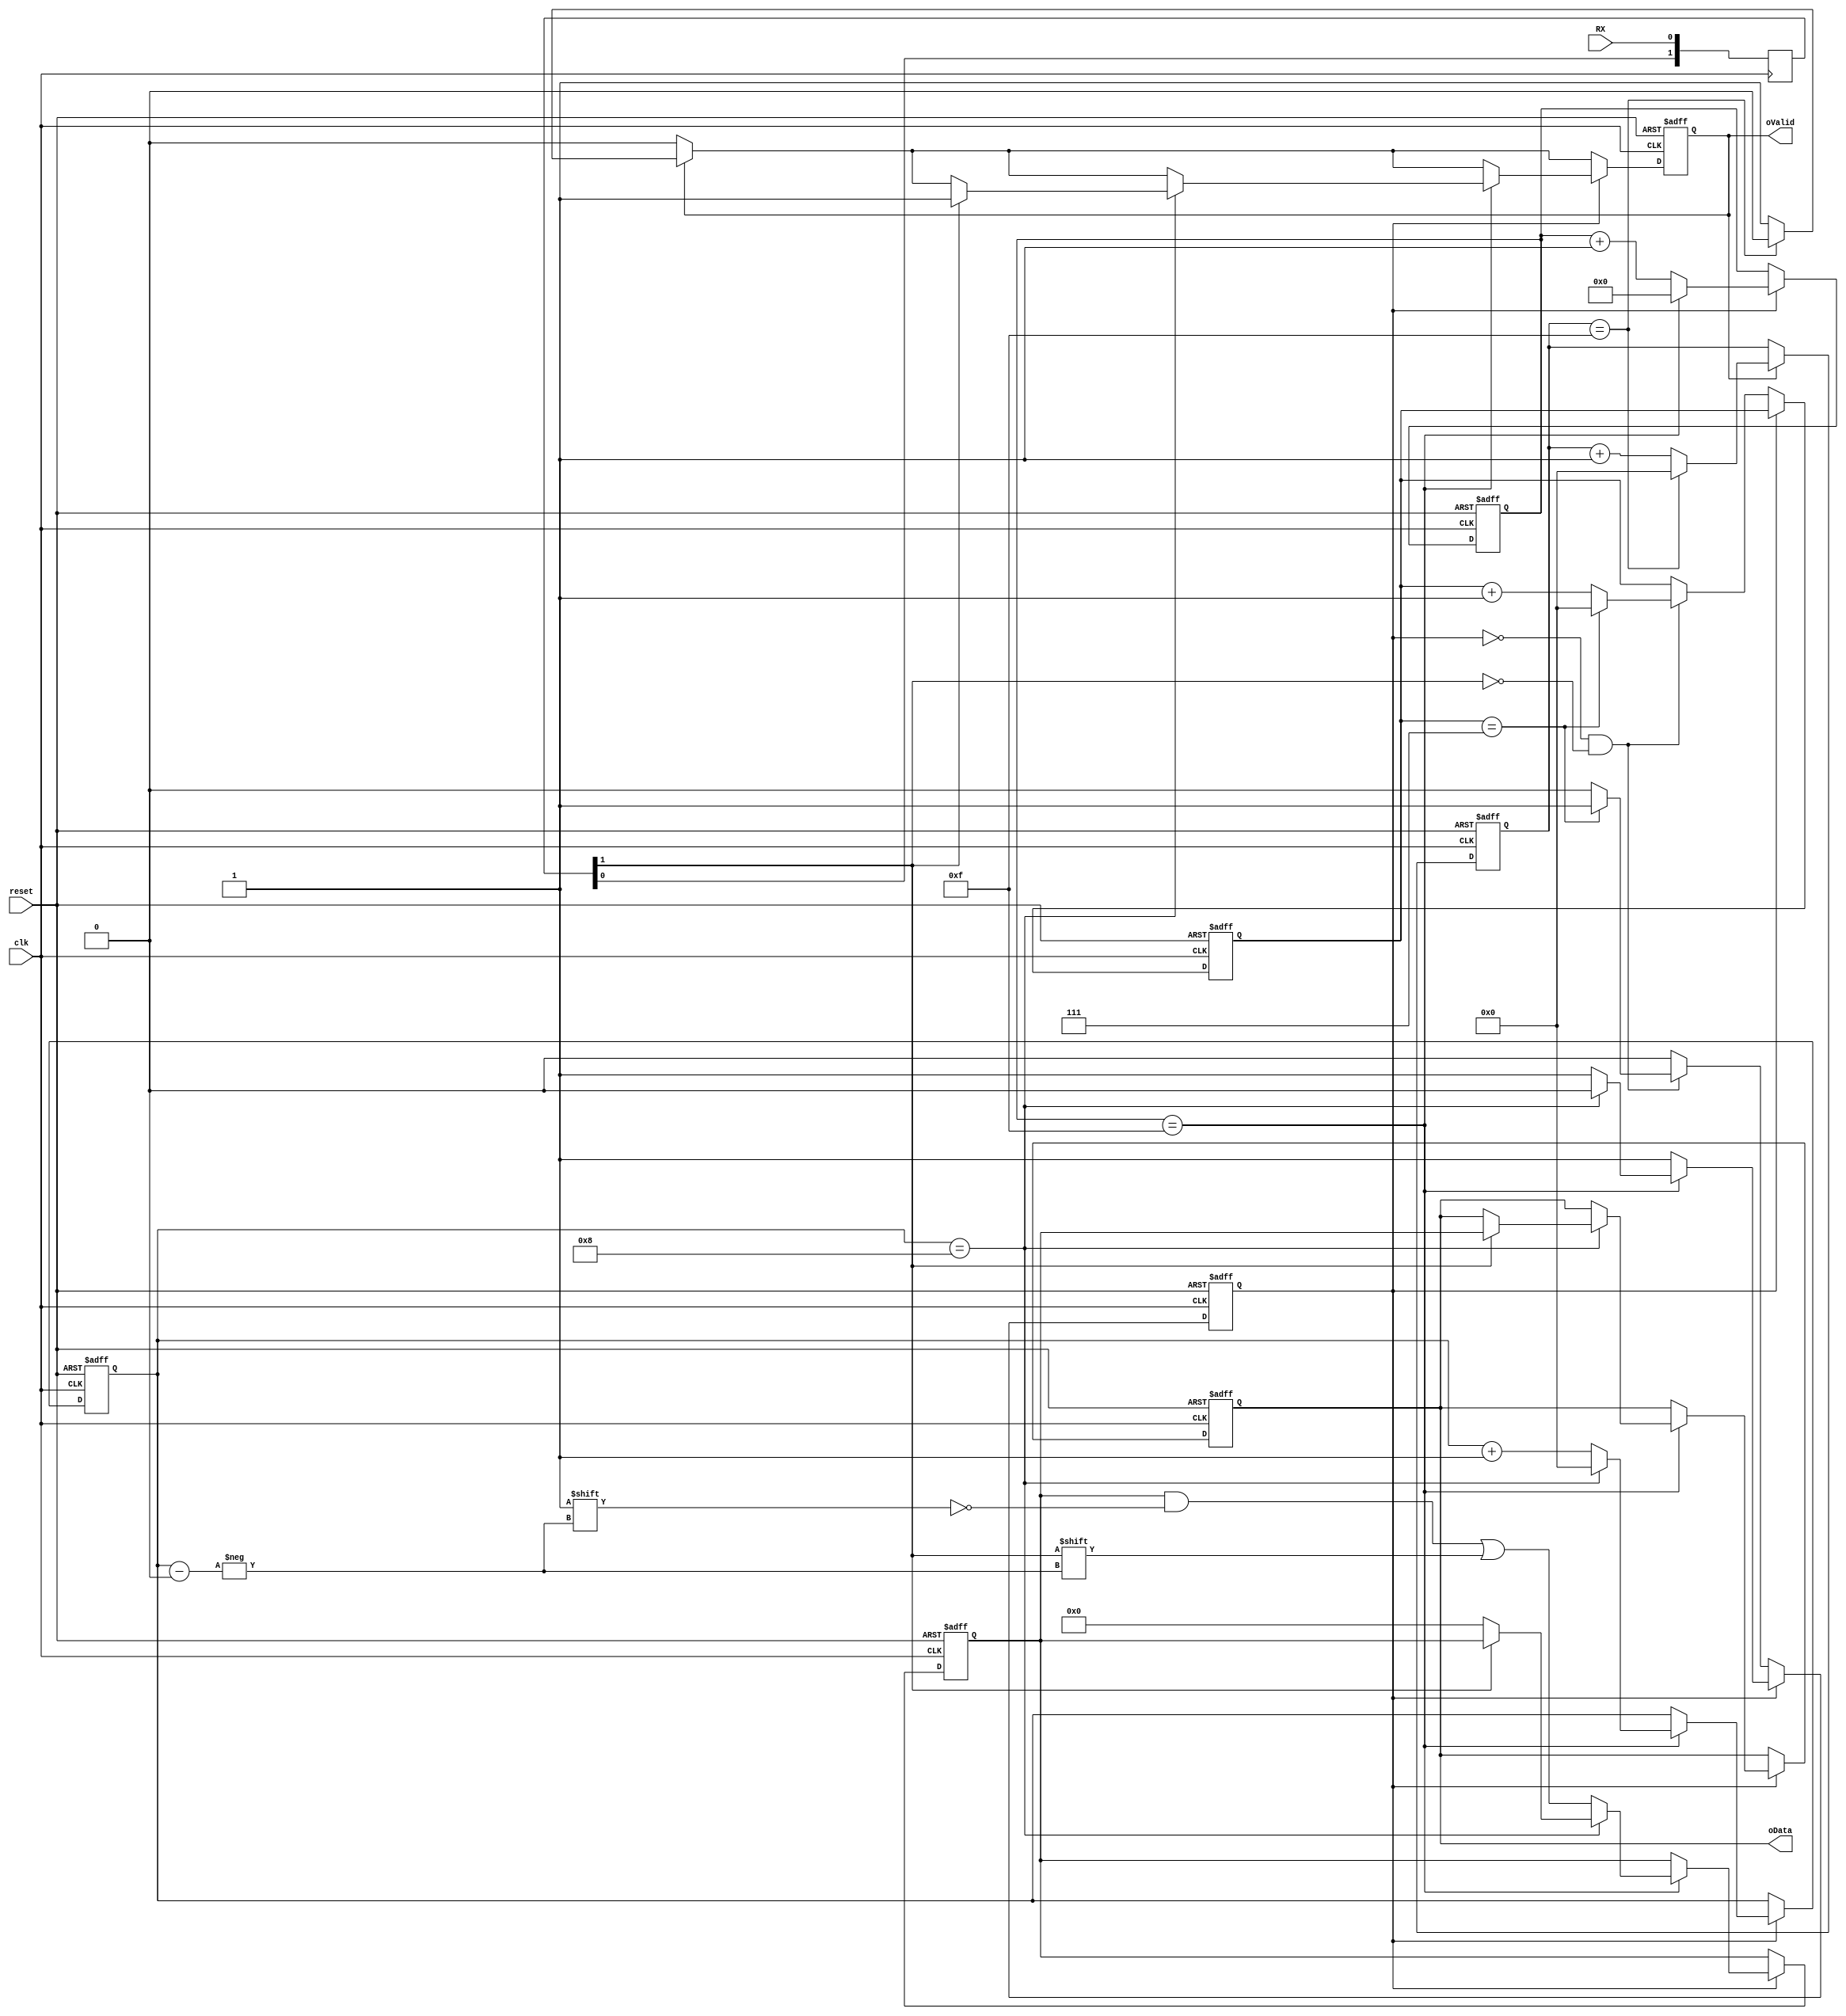
module UART_RX
	(
		input clk, 
		input reset,
		input RX,
		output reg [7:0]oData,
		output oValid
	);

	reg rx_act;
	reg Valid;
	reg [3:0]place;
	reg [7:0]data;
	reg [3:0]strtcnt;
	reg [4:0]stepcnt;
	reg [3:0]delay;

	assign oValid = Valid;
	
	reg [1:0] sync;
	wire iRX;
	assign iRX = sync[1];

	always @ (posedge clk)
	sync <= { sync[0], RX };
	
	
	always@(posedge clk or negedge reset)
	begin
	if (~reset) begin
		place <= 4'd0;
		data <= 8'd0;
		strtcnt <= 4'd0;
		stepcnt <= 5'd0;
		delay <= 4'd0;
		rx_act <= 1'b0;
		oData <= 8'd0;
		Valid <= 1'b0;
	end else begin
		if (Valid) begin
			if (delay == 4'd15) begin delay <= 4'd0; Valid <= 1'b0; end else begin delay <= delay + 1'b1; end
		end
		

		
		if (rx_act) begin
			if (stepcnt == 5'd15) begin
				if (place == 4'd8) begin
					if (iRX) begin
						Valid <= 1'b1;
						oData <= data;
					end else begin
						data <= 8'b0;
					end
					place <= 4'd0;
					rx_act <= 1'b0;
				end else begin
					data[place] <= iRX;
					place <= place + 1'b1;
				end
					stepcnt <= 5'd0;
			end else begin
				stepcnt <= stepcnt + 1'b1;
			end
		end else begin
			if ((~rx_act)&&(~iRX)) begin
				if (strtcnt == 5'd7) begin
					rx_act <= 1'b1;
					strtcnt <= 4'd0;
				end else begin
					strtcnt <= strtcnt + 1'b1;
				end
			end
		end
		
	end
	end

endmodule